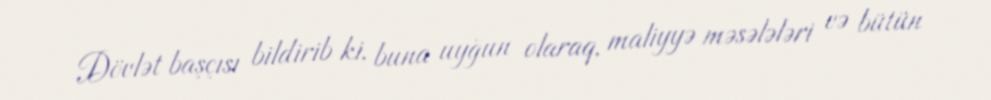
Dövlət başçısı bildirib ki, buna uyğun olaraq, maliyyə məsələləri və bütün